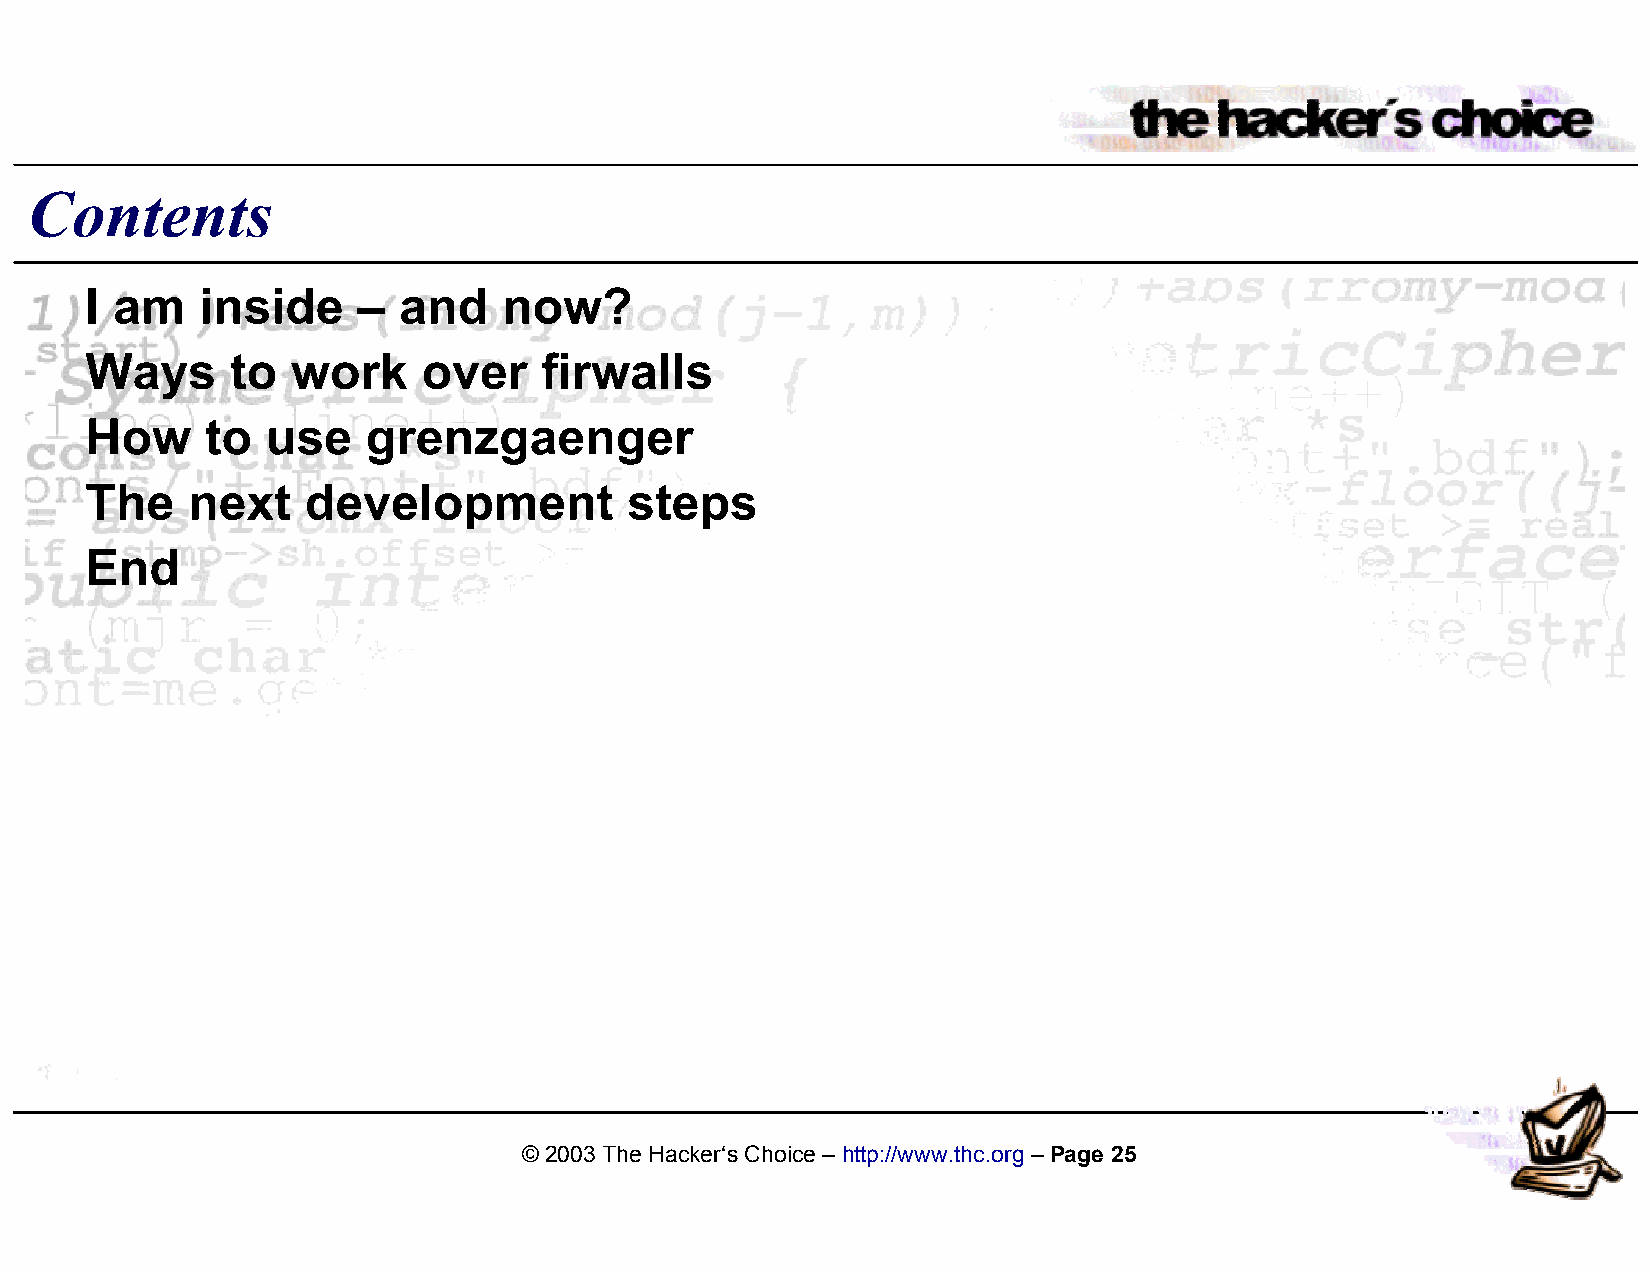
Contents
 I am   inside     – and    now?
 Ways     to  work     over    firwalls
 How     to  use   grenzgaenger
 The   next    development           steps
 End
 © 2003 The Hacker‘s Choice – http://www.thc.org – Page 25